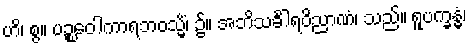
ဟိ၊ စွ။ ပဉ္စဝေါကာရဘဝသ္မိံ၊ ၌။ အဘိသင်္ခါရဝိညာဏံ၊ သည်။ ရူပက္ခန္ဓံ၊